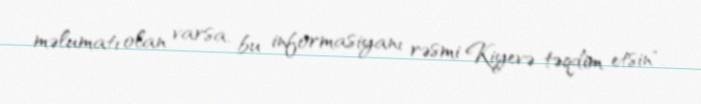
məlumatı olan varsa, bu informasiyanı rəsmi Kiyevə təqdim etsin".